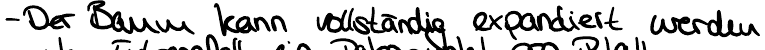
- Der Baum kann vollständig expandiert werden